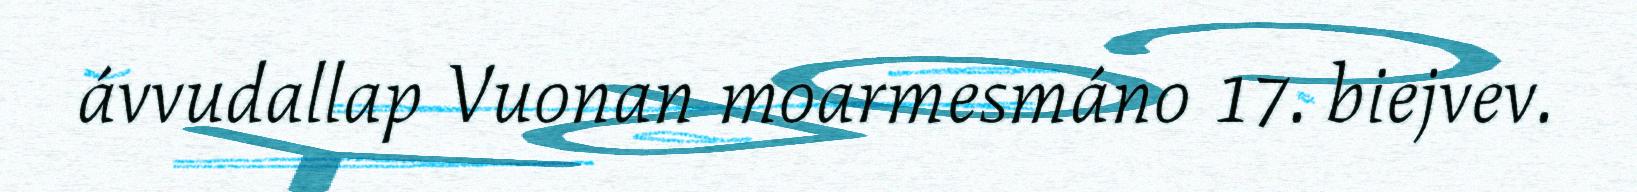
ávvudallap Vuonan moarmesmáno 17. biejvev.